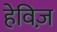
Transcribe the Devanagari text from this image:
हेविज़